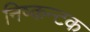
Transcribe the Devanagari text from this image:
निष्कन्टक